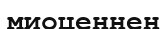
миоценнен